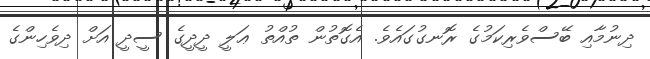
ދިނުމާއި ބޭސްވެރިކަމުގެ ރޮނގުގައެވެ. އެގޮތުން ތުއްތު ޢަލީ ދީދީގެ ސީދީ އަށް ދިވެހިންގެ